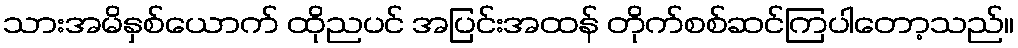
သားအမိနှစ်ယောက် ထိုညပင် အပြင်းအထန် တိုက်စစ်ဆင်ကြပါတော့သည်။